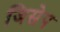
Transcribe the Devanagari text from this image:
जिसेप